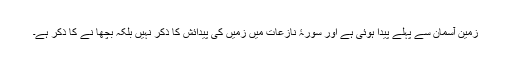
زمین آسمان سے پہلے پیدا ہوئی ہے اور سورۂ نازعات میں زمیں کی پیدائش کا ذکر نہیں بلکہ بچھا نے کا ذکر ہے۔